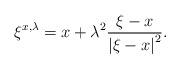
LaTeX: \begin{align*}{\xi^{x,\lambda }} = x + {\lambda ^2}\frac{{\xi - x}}{{{{\left| {\xi - x} \right|}^2}}}.\end{align*}